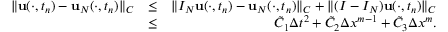
\begin{array} { r l r } { \| { \bf u } ( \cdot , t _ { n } ) - { \bf u } _ { N } ( \cdot , t _ { n } ) \| _ { C } } & { \leq } & { \| { \cal I } _ { N } { \bf u } ( \cdot , t _ { n } ) - { \bf u } _ { N } ( \cdot , t _ { n } ) \| _ { C } + \| ( I - { \cal I } _ { N } ) { \bf u } ( \cdot , t _ { n } ) \| _ { C } } \\ & { \leq } & { \tilde { C } _ { 1 } \Delta t ^ { 2 } + \tilde { C } _ { 2 } \Delta x ^ { m - 1 } + \tilde { C } _ { 3 } \Delta x ^ { m } . } \end{array}